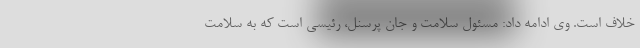
خلاف است. وی ادامه داد: مسئول سلامت و جان پرسنل، رئیسی است که به سلامت